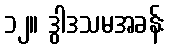
၁၂။ ဒွါဒသမအခန်း